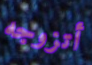
أتزوجه